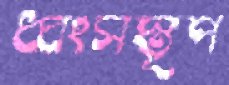
ধ্বংসস্তূপ